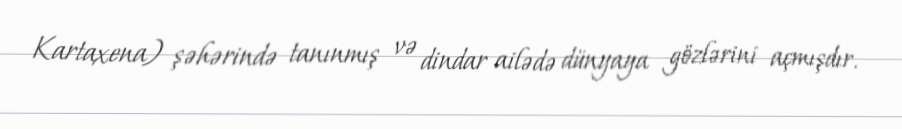
Kartaxena) şəhərində tanınmış və dindar ailədə dünyaya gözlərini açmışdır.